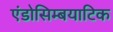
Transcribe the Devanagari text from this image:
एंडोसिम्बयाटिक